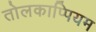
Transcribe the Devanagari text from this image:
तोलकाप्पियम